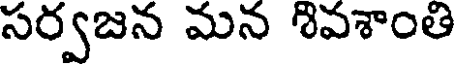
సర్వజన మన శివశాంతి